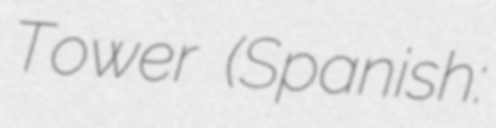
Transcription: Tower (Spanish: